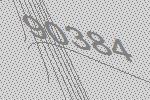
90384